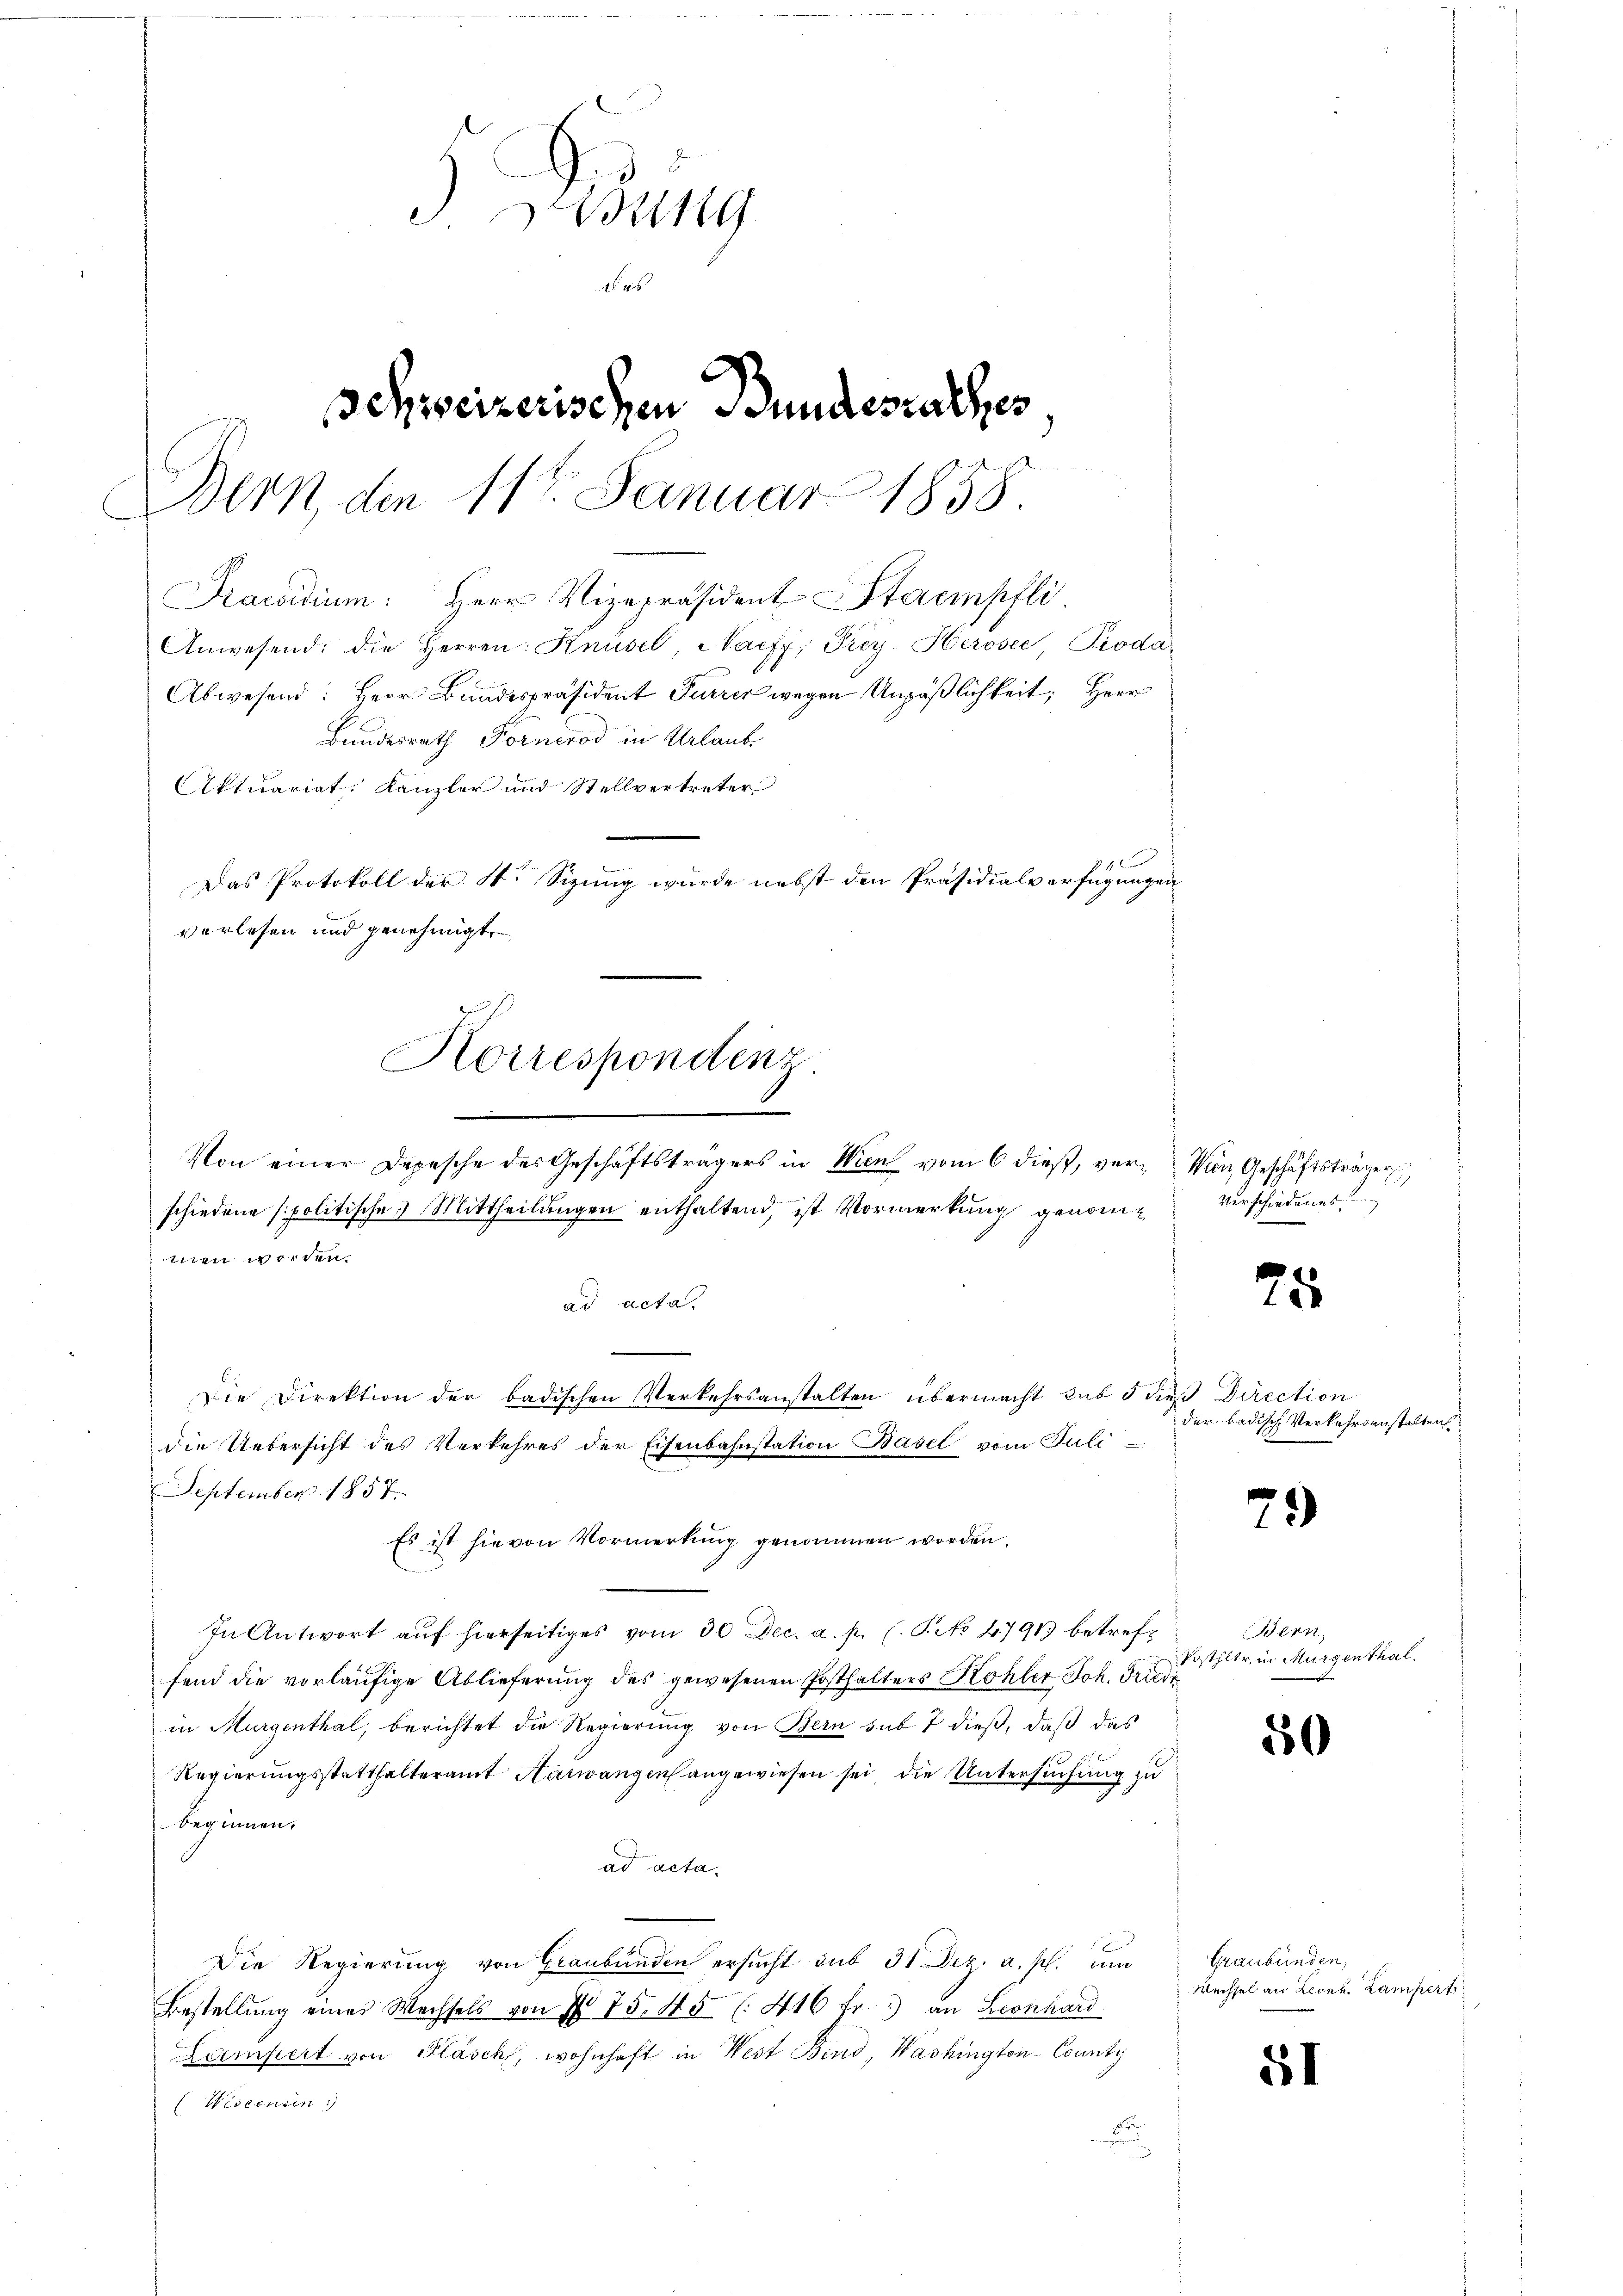
Dedung
1646
Schweizerischen Bundesrathes
Bern, den 11. Januar 1858.
Praesidium: Herr Vizepräsident Stampfli
Anwesend: die Herren: Knüsel, Naeff, Prey- Heroser Pioda¬
Abwesend: Herr Bundespräsident Furrer wegen Unpäßlichkeit; Herr
Bundesrath Fornerod in Urlaub
Aktuariat. Kanzler und Stellvertreter
3 f
Das Protokoll der 4. Sizung wurde nebst den Präsidialverfügungen
verlesen und genehmigt

Korrespondenz

Von einer Depesche des Geschäftsträgers in Wien vom 6 dieß, ver- Von Geschäftsträgers
schiedene (politische Mittheilungen enthaltend, ist Vormerkung genomtiren werden.
ad acta.
Die Direktion der badischen Verkehrsanstalten übermacht sub 5 dieß Direction
die Uebersicht des Verkehres der Eisenbahnstation Basel vom Juli
September 1857.
Es ist hievon Vormerkung genommen worden.
.
In Antwort auf hierseitiges vom 30 Dec. a. p. C. P. No 47913 betreffend die vorläufige Ablieferung des gewesenen Posthalters Kohler Joh. Friedi
in Murgenthal, berichtet die Regierung von Bern sub 7 dieß, daß das
Regierungsstatthalteramt Harwangen angewiesen sei die Untersuchung zu
beginnen.
ad acta.
Die Regierung von Graubünden ersucht sub 31 Dez. a. p. um
Bestellung eines Wechsels von I 75. 45 (: 416 fr. 3) an Leonhard
Lampert von Flasch, wohnhaft in West Bind, Washington-County
Wiscenden
u

Verschiedenes

25

der badische Verkehrsanstalten

73)

Bern
Posthler, in Murgenthal.

50

Graubünden,
Wechsel an Leonh. Lampert

51